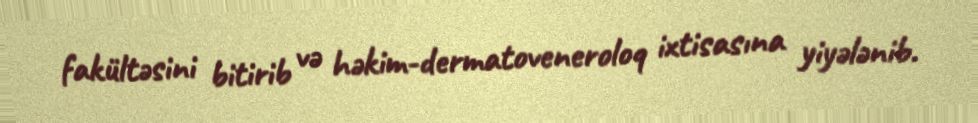
fakültəsini bitirib və həkim-dermatoveneroloq ixtisasına yiyələnib.